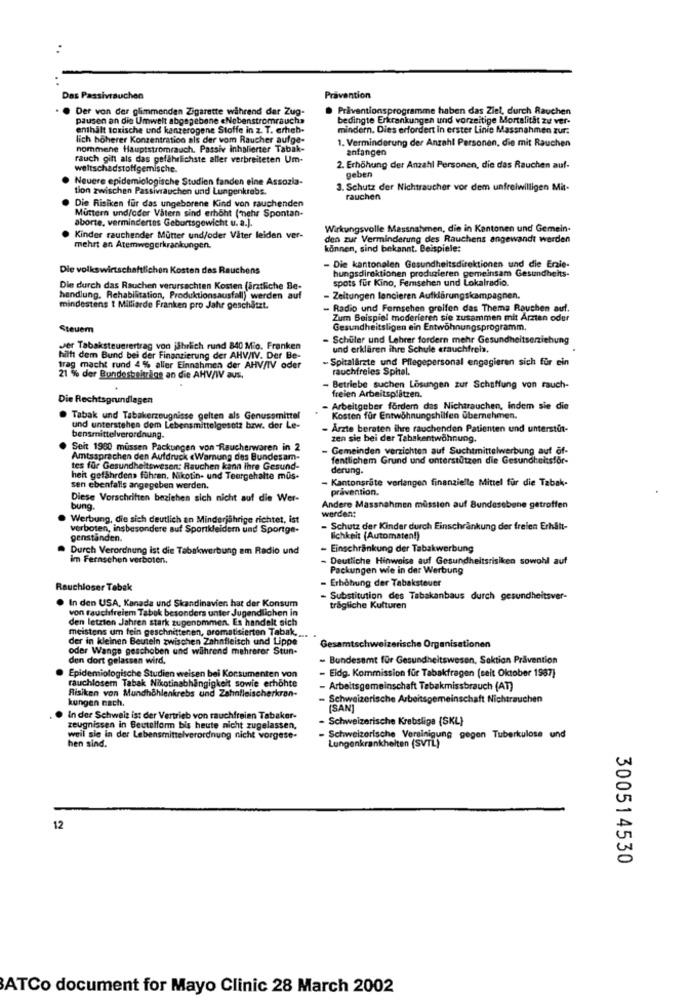
Das Passivrauchen
Prävention
Der von der glimmenden Zigarette während der Zug-
Praventionsprogramme haben das Ziel, durch Rauchen
pausen an die Umwelt abgegebene «Nebenstromrauch»
bedingte Erkrankungen und vorzeitige Mortalität zu ver-
enthält toxische und kanzerogene Stoffe in z. T. erheb-
mindern. Dies erfordert in erster Linie Massnahmen zur:
lich höherer Konzentration als der vom Raucher aufge-
1. Verminderung der Anzahl Personen, die mit Rauchen
nommene Hauptstromrauch. Passiv inhalierter Tabak-
anfangen
rauch gilt als das gefährlichste aller verbreiteten Um-
weltschadstoffgemische.
2. Erhöhung der Anzahl Personen, die das Rauchen auf-
Neuere epidemiologische Studien fanden eine Assozia-
geben
tion zwischen Passivrauchen und Lungenkrebs.
3. Schutz der Nichtraucher vor dem unfreiwilligen Mit-
Die Risiken für das ungeborene Kind von rauchenden
rauchen
Muttern und/oder Vatern sind erhöht ("nehr Spontan-
aborte, vermindertes Geburtsgewicht u. a.).
Wirkungsvolle Massnahmen, die in Kantonen und Gemein-
Kinder rauchender Mutter und/oder Vater leiden ver-
den zur Verminderung des Rauchens angewandt werden
mehrt an Atemwegerkrankungen.
können, sind bekannt. Beispiele:
Die volksw
rtschaftlichen Kosten des Rauchens
- Die kantonalen Gesundheitsdirektionen und die Erzie-
hungsdirektionen produzieren gemeinsam Gesundheits-
spots für Kino, Femsehen und Lokalradio.
Die durch das Rauchen verursachten Kosten (ärztliche Be-
handlung. Rehabilitation, Produktionsausfall) werden auf
- Zeitungen lancieren Aufklärungskampagnen.
mindestens 1 Milliarde Franken pro Jahr geschätzt.
- Radio und Fernsehen greifen das Thema Rauchen auf.
Zum Beispiel moderieren sie zusammen mit Arzten oder
Steuer
Gesundheitsligen ein Entwöhnungsprogramm.
Schüler und Lehrer fordern mehr Gesundheitserziehung
Jer Tabaksteuerertrag von jährlich rund 840 Mio. Franken
und erklären ihre Schule erauchfreis,
hilft dem Bund bei der Finanzierung der AHV/IV. Der Be-
- Spitalärzte und Pflegepersonal engagieren sich für ein
trag macht rund 4 % aller Einnahmen der AHV/IV oder
rauchfreies Spital.
21 % der Bundesbeitring an die AHV/W aus,
- Betriebe suchen Lösungen zur Schaffung von rauch-
Die Rechtsgrundlagen
freien Arbeitsplatzen.
Arbeitgeber fordem das Nichtrauchen, indem sie die
Tabak und Tabakerzeugnisse gelten als Genussmittel
Kosten für Entwöhnungshilfen übernehmen.
und unterstehen dem Lebensmittelgesetz bzw. der Le-
Ärzte beraten ihre rauchenden Patienten und unterstüt-
bensmittelverordnung.
zen sie bei der Tabakentwöhnung.
Seit 1980 müssen Packungen von Raucherwaren in 2
Gemeinden verzichten auf Suchtmittelwerbung auf of-
Amtssprachen den Aufdruck «Warnung des Bundesam-
fentlichem Grund und unterstützen die Gesundheitsfor-
tes für Gesundheitswesen: Rauchen kann ihre Gesund-
derung.
heit gefährdens führen. Nikotin- und Teargehalte mus-
Kantonsrate verlangen finanzielle Mittel für die Tabak-
sen ebenfalls angegeben werden.
pravention.
Diese Vorschriften beziehen sich nicht auf die Wer-
bung.
Andere Massnahmen müssten auf Bundesebene getroffen
werden;
Werbung, die sich deutlich an Minderjährige richtet, ist
verboten, insbesondere auf Sportkleidern und Sportge-
- Schutz der Kinder durch Einschränkung der freien Erhält-
genstanden.
lichkeit (Automaten!)
Durch Verordnung ist die Tabakwerbung am Radio und
- Einschränkung der Tabakwerbung
im Fernsehen verboten.
Deutliche Hinweise auf Gesundheitsrisiken sowohl auf
Packungen wie in der Werbung
- Erhöhung der Tabaksteuer
Ichloser Tabak
In den USA, Kanada und Skandinavien hat der Konsum
- Substitution des Tabakanbaus durch gesundheitsver-
von rauchfreiem Tabak besonders unter Jugendlichen in
trägliche Kulturen
den letzten Jahren stark zugenommen. Es handelt sich
meistens um fein geschnittenen, aromatisierten Tabak, ...
der in kleinen Beuteln zwischen Zahnfleisch und Lippe
oder Wange geschoben und während mehrerer Stun-
Ge
tschweizerische Organisationen
den dort gelassen wird,
- Bundesamt für Gesundheitswesen, Saktion Prävention
Epidemiologische Studien weisen bei Konsumenten von
- Eldg. Kommission für Tabakfragen (seit Oktober 1987)
rauchlosem Tabak Nikotinabhängigkeit sowie erhöhte
Risiken von Mundhöhlenkrebs und Zahnfleischerkran-
- Arbeitsgemeinschaft Tabakmissbrauch (AT)
kungen nach.
Schweizerische Arbeitsgemeinschaft Nichtrauchen
(SAN]
In der Schweiz ist der Vertrieb von rauchfreien Tabaker-
- Schweizerische Krebslige (SKL)
zeugnissen in Beutelform bis heute nicht zugelassen,
weil sie in der Lebensmittelverordnung nicht vorgese-
- Schweizerische Vereinigung gegen Tuberkulose und
Lungenkrankheiten (SVTL)
hen sind.
12
300514530
ATCo document for Mayo Clinic 28 March 2002